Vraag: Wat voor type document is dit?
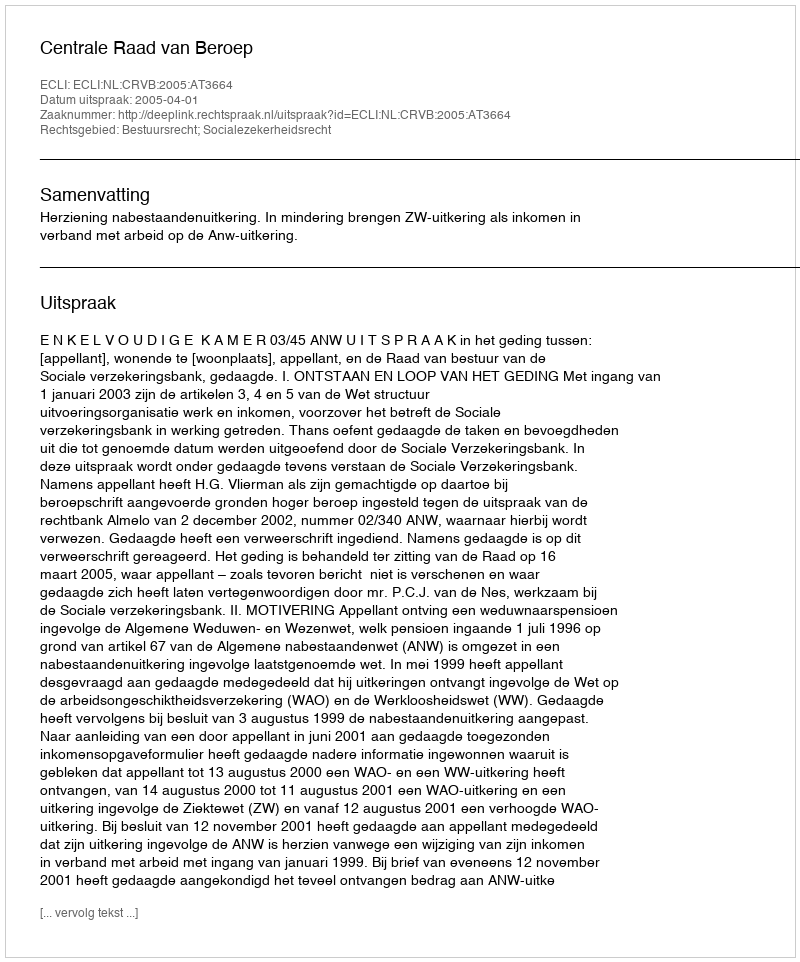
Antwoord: Uitspraak